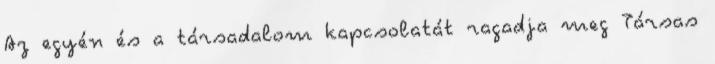
Az egyén és a társadalom kapcsolatát ragadja meg Társas